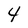
Character: 4